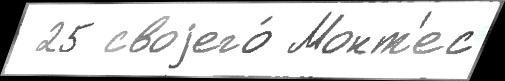
 25 своjего́ Монт'ес